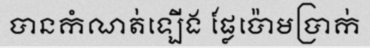
បានកំណត់ឡើង ផ្លែប៉ោមប្រាក់